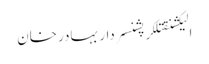
الیکشنقتلکرپشنسردار بہادر خان